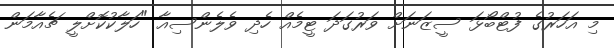
މި އަހަރުގެ ފުޓްބޯޅަ ސީޒަނަށް ވަރުގަދަ ޓީމެއް ހެދި ވެލެންސިއާ "ހަލާކުކޮށްލީ ޗެއާމަން